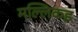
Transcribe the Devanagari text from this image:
मल्लिकइ